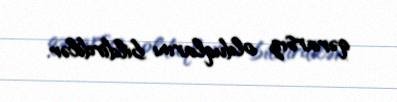
qərarsız olduqlarını bildirdilər.